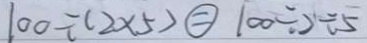
1 0 0 \div ( 2 \times 5 ) \textcircled { = } 1 0 0 \div 2 \div 5